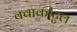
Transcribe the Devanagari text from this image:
क्वाकीटुल